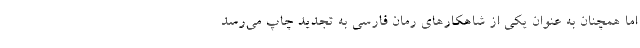
اما همچنان به عنوان یکی از شاهکارهای رمان فارسی به تجدید چاپ می‌رسد